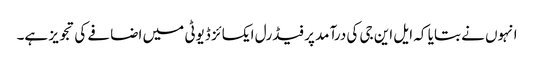
انہوں نے بتایا کہ ایل این جی کی درآمد پر فیڈرل ایکسائز ڈیوٹی میں اضافے کی تجویز ہے۔